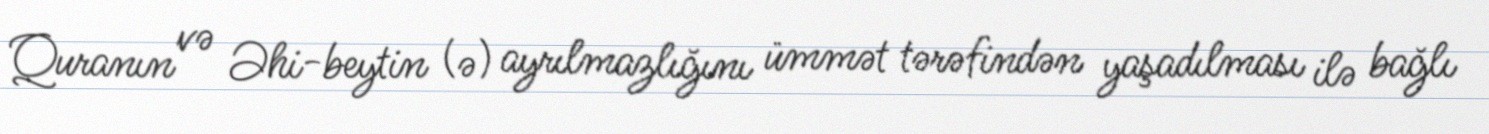
Quranın və Əhi-beytin (ə) ayrılmazlığını ümmət tərəfindən yaşadılması ilə bağlı